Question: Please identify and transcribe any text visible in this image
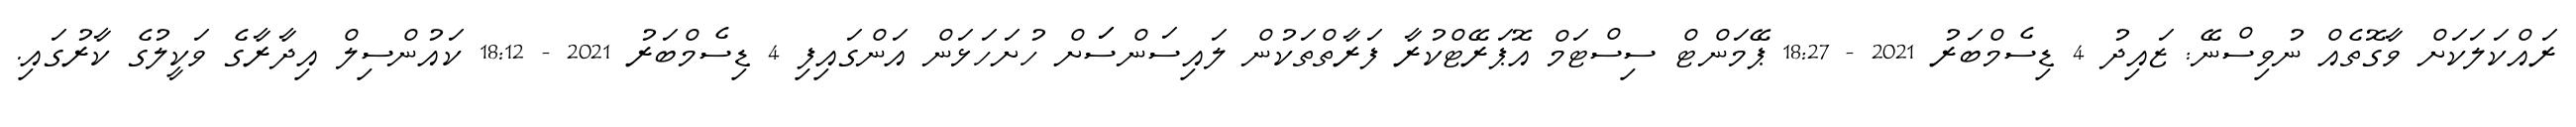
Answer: ރައްކަލަކަށް ވާގޮތެއް ނުވިސްނޭ: ޒައިދު 4 ޑިސެމްބަރު 2021 - 18:27 ޕޭމަންޓް ސިސްޓަމް އޮޕަރޭޓްކުރާ ފަރާތްތަކުން ލައިސަންސަަށް ހުށަހަޅަން އަންގައިފި 4 ޑިސެމްބަރު 2021 - 18:12 ކައުންސިލް އިދާރާގެ ވަކީލުގެ ކާރުގައި.